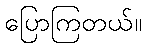
ပြောကြတယ်။